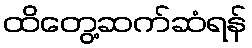
ထိတွေ့ဆက်ဆံရန်